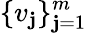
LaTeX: \{ v_{\mathbf{j}}\} _{\mathbf{j}=1}^{m}